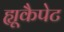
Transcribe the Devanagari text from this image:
ह्यूकैपेट